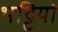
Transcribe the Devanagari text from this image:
भट्टियो